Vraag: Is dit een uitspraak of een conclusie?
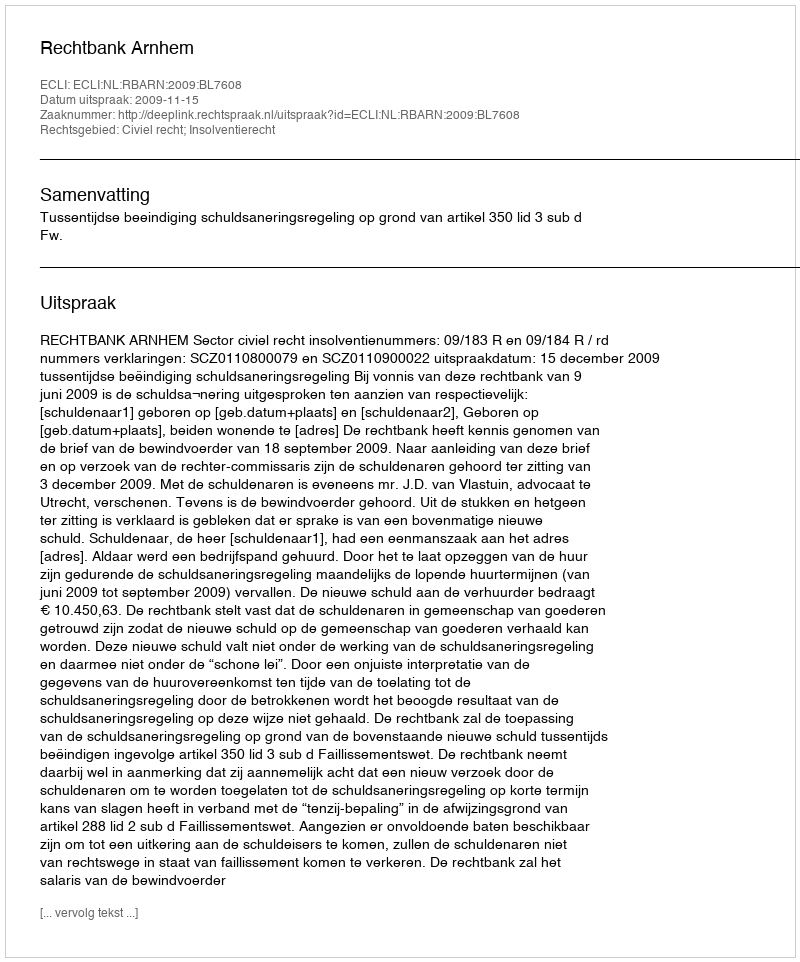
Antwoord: Uitspraak